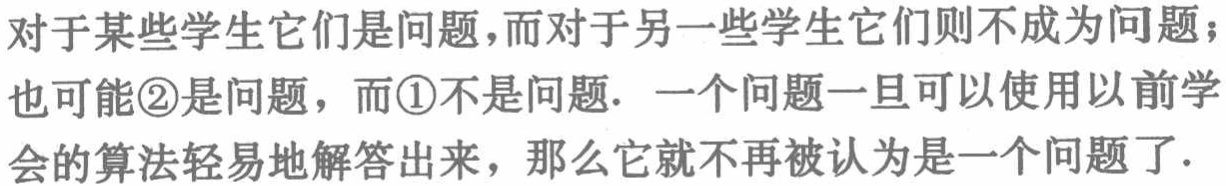
对于某些学生它们是问题，而对于另一些学生它们则不成为问题；也可能\textcircled{2}是问题，而\textcircled{1}不是问题. 一个问题一旦可以使用以前学会的算法轻易地解答出来，那么它就不再被认为是一个问题了.